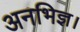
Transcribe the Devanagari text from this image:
अनभिज्ञ।